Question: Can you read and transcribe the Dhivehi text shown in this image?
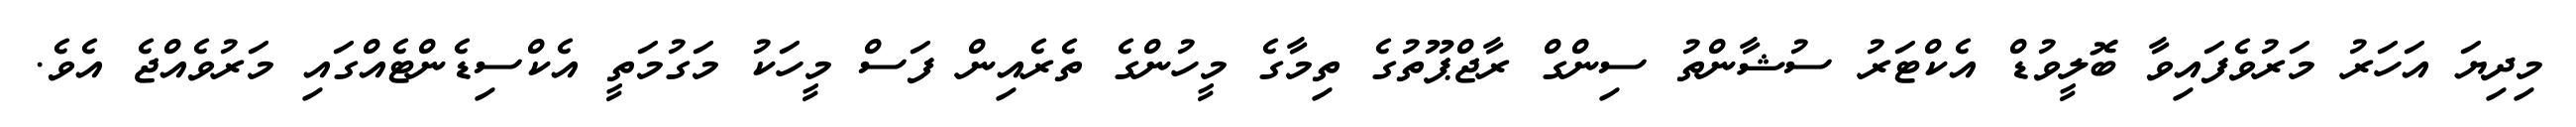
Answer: މިދިޔަ އަހަރު މަރުވެފައިވާ ބޮލީވުޑް އެކްޓަރު ސުޝާންތު ސިންގް ރާޖްޕޫތުގެ ތިމާގެ މީހުންގެ ތެރެއިން ފަސް މީހަކު މަގުމަތީ އެކްސިޑެންޓެއްގައި މަރުވެއްޖެ އެވެ.